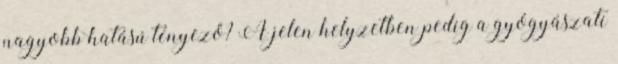
nagyobb hatású tényező? A jelen helyzetben pedig a gyógyászati